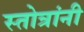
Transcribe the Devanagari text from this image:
स्तोत्रांनी